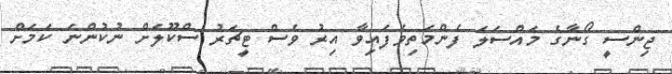
ޖިންސީ ގޯނާގެ މައްސަލަ ފެންމަތިވެފައިވާ އިރު ވެސް ޓީޗަރު ސްކޫލަށް ނުކުންނަ ކަމަށް